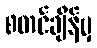
စတင်ချိန်မှ